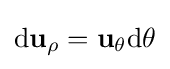
\mathrm {d} \mathbf {u} _{\rho }=\mathbf {u} _{\theta }\mathrm {d} \theta